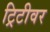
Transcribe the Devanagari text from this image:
ट्रिटीवर